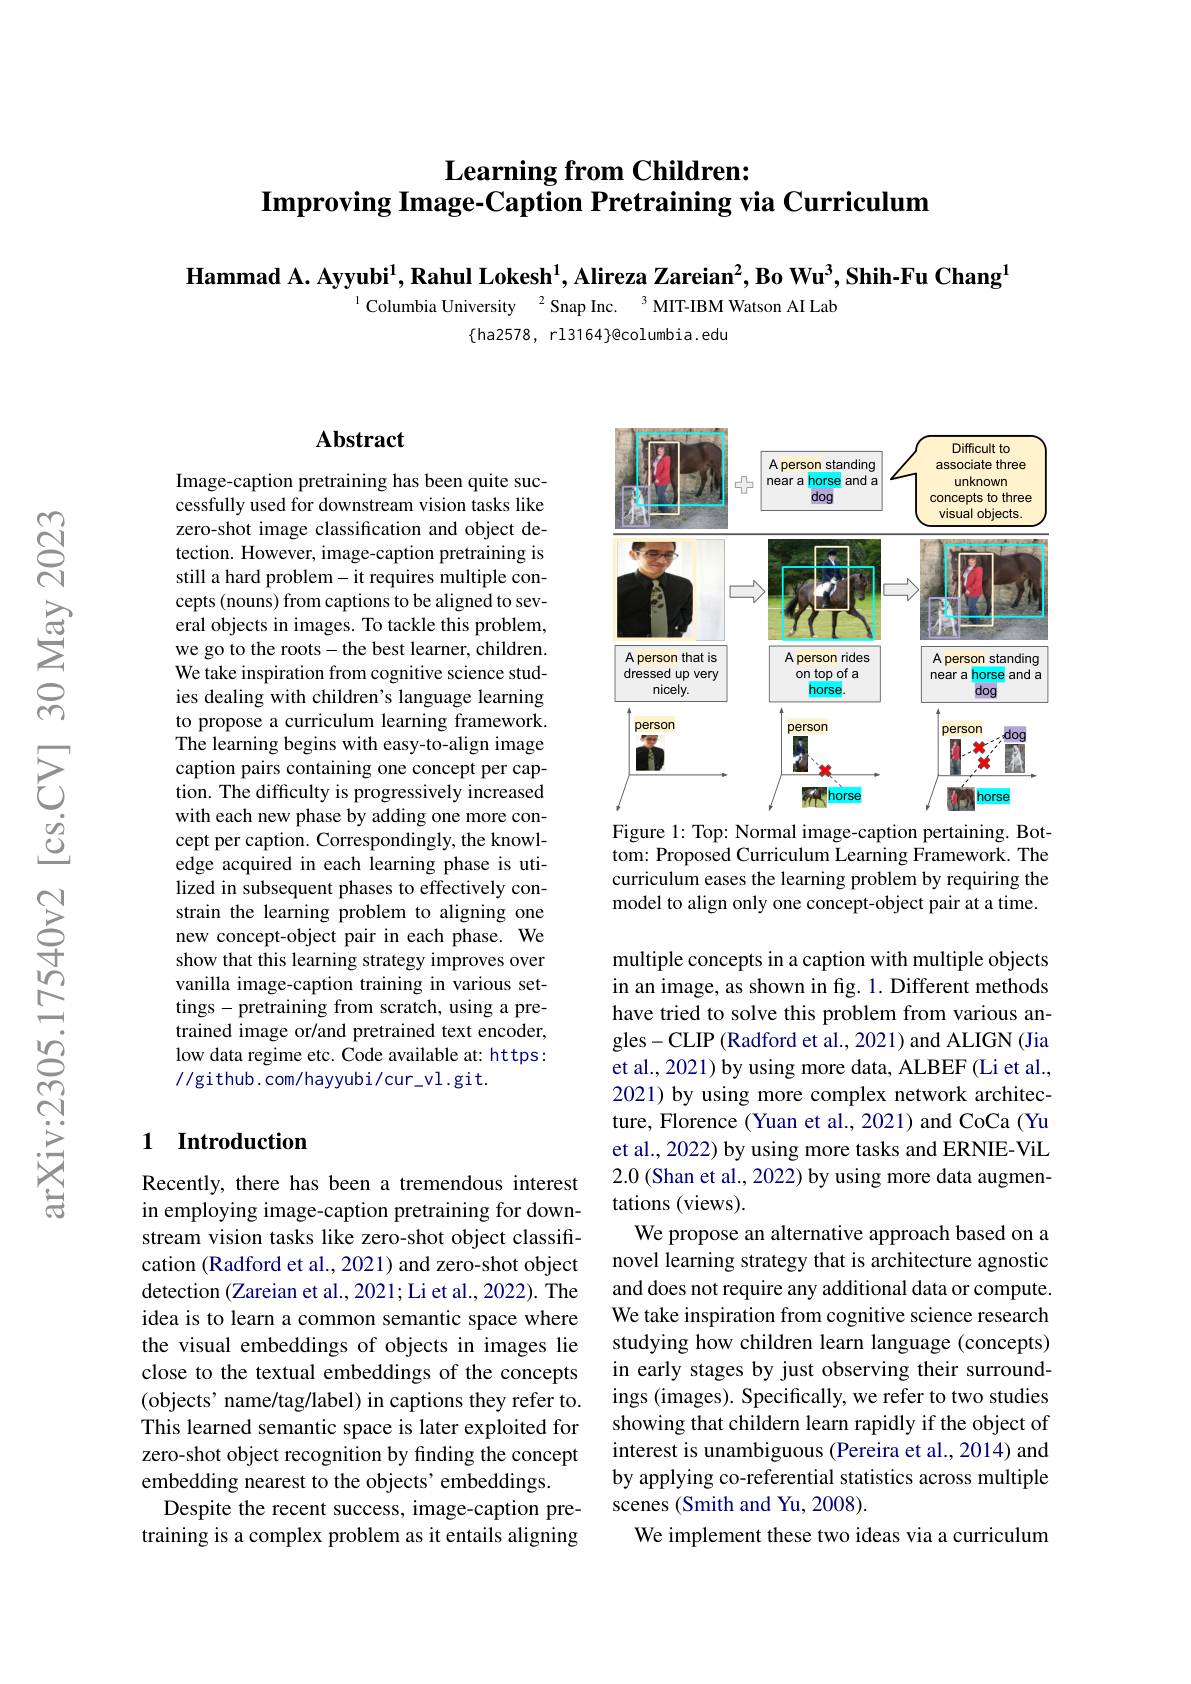
## $\textbf{Learning from Children: }$ $\textbf{Improving Image- Caption Pretraining via Curriculum}$

$\textbf{Hammad A. Ayyubi}^1,\textbf{Rahul Lokesh}^1,\textbf{Alireza Zareian}^2,\textbf{Bo Wu}^3,\textbf{Shih-Fu Chang}^1$
$^{1}$Columbia University$^2$Snap Inc.$^3$MIT-IBM Watson AI Lab
$\{$ha2578, rl3164$\}$@columbia.edu

## $\mathbf{Abstract}$

Image-caption pretraining has been quite successfully used for downstream vision tasks like zero-shot image classification and object detection. However, image-caption pretraining is still a hard problem- it requires multiple concepts (nouns) from captions to be aligned to several objects in images. To tackle this problem, we go to the roots-the best learner, children. We take inspiration from cognitive science studies dealing with children's language learning to propose a curriculum learning framework. The learning begins with easy-to-align image caption pairs containing one concept per caption. The difficulty is progressively increased with each new phase by adding one more concept per caption. Correspondingly, the knowledge acquired in each learning phase is utilized in subsequent phases to effectively constrain the learning problem to aligning one new concept-object pair in each phase. We show that this learning strategy improves over vanilla image-caption training in various settings-pretraining from scratch, using a pretrained image or/and pretrained text encoder, low data regime etc. Code available at: https: //github.com/hayyubi/cur\_vl.git.

### 1 Introduction

Recently, there has been a tremendous interest in employing image-caption pretraining for downstream vision tasks like zero-shot object classification (Radford et al., 2021) and zero-shot object detection (Zareian et al., 2021; Li et al., 2022). The idea is to learn a common semantic space where the visual embeddings of objects in images lie close to the textual embeddings of the concepts (objects' name/tag/label) in captions they refer to. This learned semantic space is later exploited for zero-shot object recognition by finding the concept embedding nearest to the objects'embeddings.
Despite the recent success, image-caption pretraining is a complex problem as it entails aligning

<FigureHere>
Figure 1: Top: Normal image-caption pertaining. Bot-

tom: Proposed Curriculum Learning Framework. The curriculum eases the learning problem by requiring the model to align only one concept-object pair at a time.

multiple concepts in a caption with multiple objects in an image, as shown in fig. 1. Different methods have tried to solve this problem from various angles-CLIP (Radford et al., 2021) and ALIGN (Jia et al., 2021) by using more data, ALBEF(Li et al., 2021) by using more complex network architecture, Florence (Yuan et al., 2021) and CoCa (Yu et al., 2022) by using more tasks and ERNIE-ViL 2.0 (Shan et al., 2022) by using more data augmentations (views).
We propose an alternative approach based on a novel learning strategy that is architecture agnostic and does not require any additional data or compute. We take inspiration from cognitive science research studying how children learn language (concepts) in early stages by just observing their surroundings (images). Specifically, we refer to two studies showing that childern learn rapidly if the object of interest is unambiguous (Pereira et al., 2014) and by applying co-referential statistics across multiple scenes (Smith and Yu, 2008).
We implement these two ideas via a curriculum